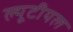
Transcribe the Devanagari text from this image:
ल्यूटीयल